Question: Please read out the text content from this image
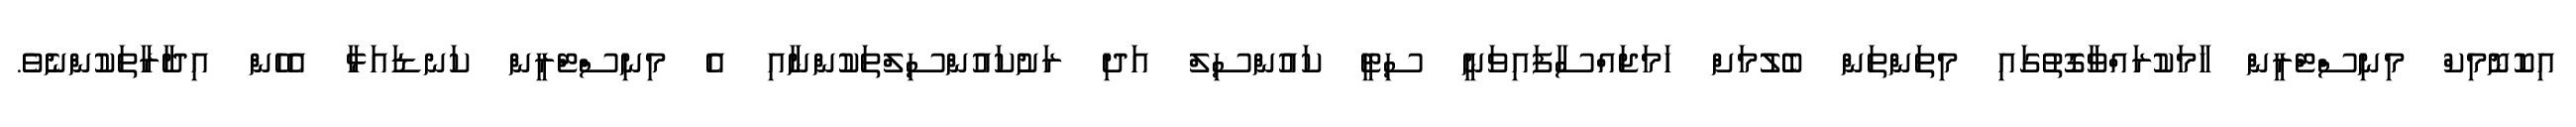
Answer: އިކޮނޮމިކް މިނިސްޓްރީން ހާމަކުރައްވާގޮތުގައި މިތަންތަން ބެލުމަށް ހަމަޖައްސާފައިވަނީ ސިޓީ ކައުންސިލް އަދި ރަށުކައުންސިލްތަކުންނާއި އެ މިނިސްޓްރީން ކަނޑައަޅާ އެހެން އިދާރާތަކުންނެވެ.